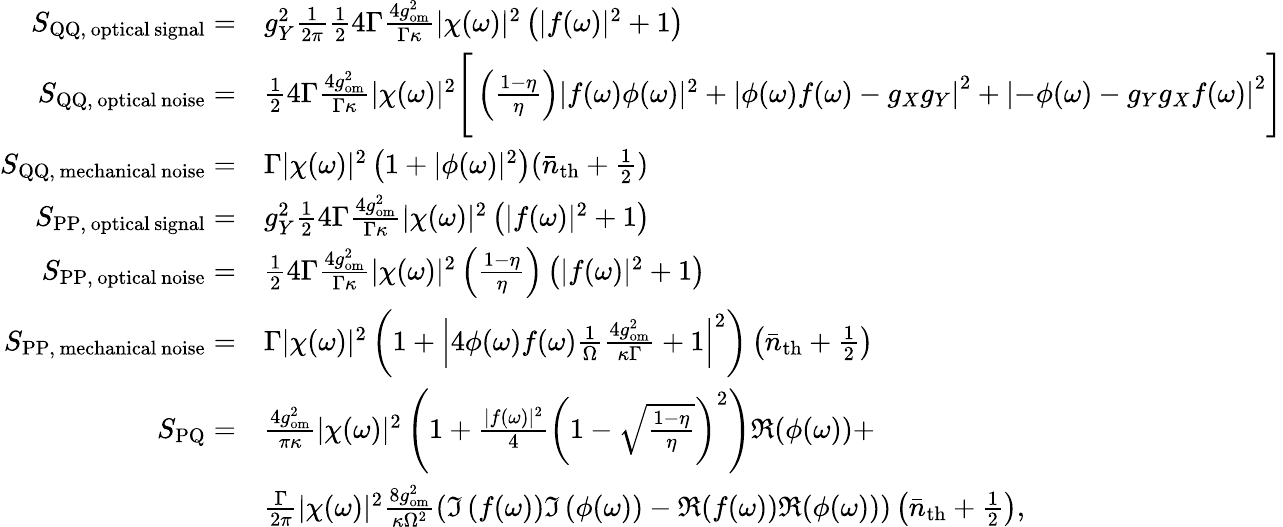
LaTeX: \begin{array}{rl}{S_{\mathrm{QQ,\, optical\, signal}}=}&{g_{Y}^{2}\frac{1}{2\pi}\frac{1}{2}4\Gamma\frac{4g_{\mathrm{om}}^{2}}{\Gamma\kappa}|\chi(\omega)|^{2}\left(|f(\omega)|^{2}+1\right)}\\ {S_{\mathrm{QQ,\, optical\, noise}}=}&{\frac{1}{2}4\Gamma\frac{4g_{\mathrm{om}}^{2}}{\Gamma\kappa}|\chi(\omega)|^{2}\Bigg[\left(\frac{1-\eta}{\eta}\right)|f(\omega)\phi(\omega)|^{2}+\left|\phi(\omega)f(\omega)-g_{X}g_{Y}\right|^{2}+\left|-\phi(\omega)-g_{Y}g_{X}f(\omega)\right|^{2}\Bigg]}\\ {S_{\mathrm{QQ,\, mechanical\, noise}}=}&{\Gamma|\chi(\omega)|^{2}\left(1+|\phi(\omega)|^{2}\right)(\bar{n}_{\mathrm{th}}+\frac{1}{2})}\\ {S_{\mathrm{PP,\, optical\, signal}}=}&{g_{Y}^{2}\frac{1}{2}4\Gamma\frac{4g_{\mathrm{om}}^{2}}{\Gamma\kappa}|\chi(\omega)|^{2}\left(|f(\omega)|^{2}+1\right)}\\ {S_{\mathrm{PP,\, optical\, noise}}=}&{\frac{1}{2}4\Gamma\frac{4g_{\mathrm{om}}^{2}}{\Gamma\kappa}|\chi(\omega)|^{2}\left(\frac{1-\eta}{\eta}\right)\left(|f(\omega)|^{2}+1\right)}\\ {S_{\mathrm{PP,\, mechanical\, noise}}=}&{\Gamma|\chi(\omega)|^{2}\left(1+\left|4\phi(\omega)f(\omega)\frac{1}{\Omega}\frac{4g_{\mathrm{om}}^{2}}{\kappa\Gamma}+1\right|^{2}\right)\left(\bar{n}_{\mathrm{th}}+\frac{1}{2}\right)}\\ {S_{\mathrm{PQ}}=}&{\frac{4g_{\mathrm{om}}^{2}}{\pi\kappa}|\chi(\omega)|^{2}\left(1+\frac{|f(\omega)|^{2}}{4}\left(1-\sqrt{\frac{1-\eta}{\eta}}\right)^{2}\right)\Re{(\phi(\omega))}+}\\ &{\frac{\Gamma}{2\pi}|\chi(\omega)|^{2}\frac{8g_{\mathrm{om}}^{2}}{\kappa\Omega^{2}}\left(\Im\left(f(\omega\right))\Im\left(\phi(\omega)\right)-\Re(f(\omega))\Re(\phi(\omega))\right)\left(\bar{n}_{\mathrm{th}}+\frac{1}{2}\right),}\end{array}